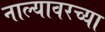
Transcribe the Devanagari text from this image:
नाल्यावरच्या